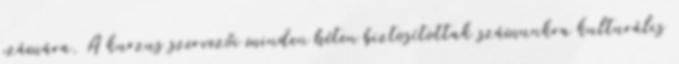
számára. A kurzus szervezői minden héten biztosítottak számunkra kulturális